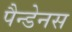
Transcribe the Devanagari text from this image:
पैन्डेनस